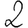
Digit: 2